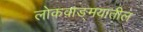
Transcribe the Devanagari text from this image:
लोकवाङ्‍मयातील